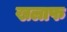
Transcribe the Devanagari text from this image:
खलाफ